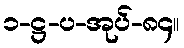
၁-ဋ္ဌ-ပ-အုပ်-၈၄။